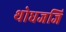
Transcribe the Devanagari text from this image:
थोधजजि